Annual report of the Imperial Bacteriological Laboratory, Muktesar
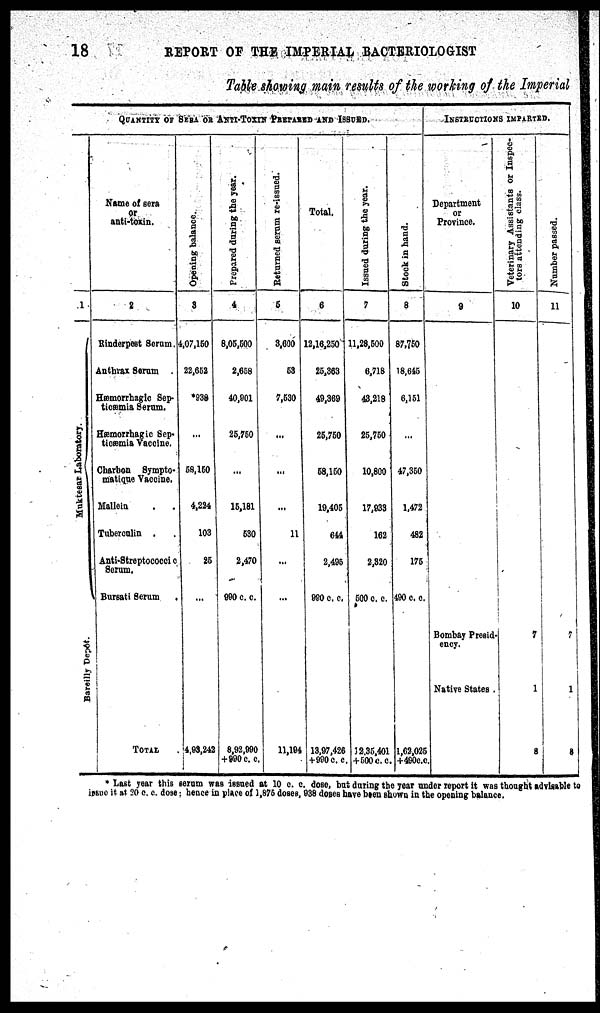
18 REPORT OF THE IMPERIAL BACTERIOLOGIST
Table showing main results of the working of the Imperial
1
Muktesar Laboratory.{
Bareilly Depôt.
QUANTITY OF SERA OR ANTI-TOXIN PREPARED AND ISSUED.
Name of sera
or
anti-toxin.
2
Rinderpest Serum,
Anthrax Serum .
Hæmorrhagic Sep-
ticæmia Serum.
Hæmorrhagic Sep¬
ticæmia Vaccine.
Charbon Sympto¬
matique Vaccine.
Mallein
Tuberculin . .
Anti-Streptococcic
Serum.
Bursati Serum
.
TOTAL
Ope ning bal ance.
3
4,07,150
22,652
*938
...
58,150
4,224
103
25
4,93,242
Prepared duri ng the year.
4
8,05,500
2,658
40,901
25,750
...
15,181
530
2,470
990 c. c.
8,92,990
+990 c. c
Returned serum re-issued.
5
3,600
53
7,530
...
...
...
11
...
11,194
Total.
6
12,16,250
25,363
49,369
25,750
58,150
19,405
644
2,495
980 c. c.
13,97,426
+990 c. c.
Issued duri ng the year.
7
11,28,500
6,718
43,218
25,750
10,800
17,933
162
2,320
500 c. c.
12,35,401
+500 c. c.
Stock in hand.
8
87,750
18,645
6,151
...
47,350
1,472
482
175
490 c. c.
1,62,025
+490c.c.
INSTRUCTIONS IMPARTED.
Department
or
Province.
9
Bombay Presid¬
ency.
Native States .
Veterinary Assistants or Inspec-
tors attending class.
10
7
1
8
Nu mb e
r passed.
11
7
1
8
* Last year this serum was issued at 10 c. c. dose, but during the year under report it was thought advisable to
issue it at 20 c. c. dose: hence in place of 1,875 doses, 938 doses have been shown in the opening balance.